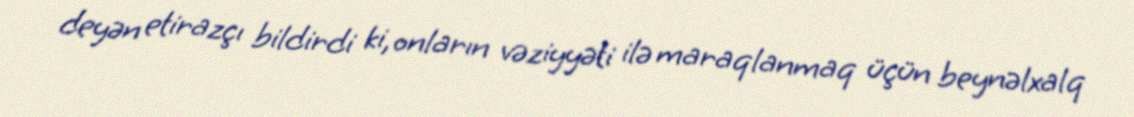
deyən etirazçı bildirdi ki, onların vəziyyəti ilə maraqlanmaq üçün beynəlxalq